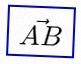
\vec{AB}